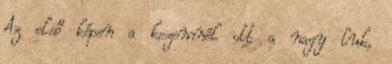
Az első képen a kezemnél ott a nagy luk,